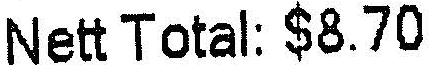
NETT TOTAL: $8.70